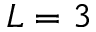
L = 3